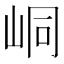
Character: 峒